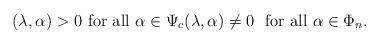
LaTeX: \begin{align*} (\lambda, \alpha)>0 \,\,\mbox{for all} \,\, \alpha \in \Psi_c (\lambda, \alpha) \not= 0 \,\, \mbox{ for all} \,\, \alpha \in \Phi_n.\end{align*}